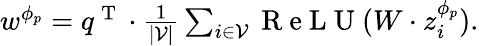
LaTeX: \begin{array}{r}{\begin{array}{r}{w^{\phi_{p}}=q^{\mathrm{~T~}}\cdot\frac{1}{|\mathcal{V}|}\sum_{i\in\mathcal{V}}\mathrm{~R~e~L~U~}(W\cdot z_{i}^{\phi_{p}}).}\end{array}}\end{array}